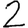
Digit: 2